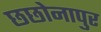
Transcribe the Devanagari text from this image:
छछोनापुर